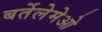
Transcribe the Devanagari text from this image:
बर्तेलेमेओ